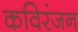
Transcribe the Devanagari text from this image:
कविरंजन